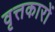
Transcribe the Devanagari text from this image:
वृत्तकारों